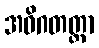
အဝိဂတတ္တာ